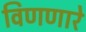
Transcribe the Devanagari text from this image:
विणणारे